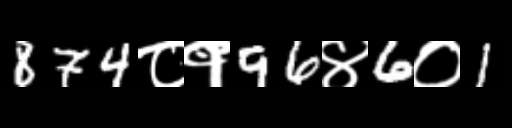
Text: 874८१96४6०1